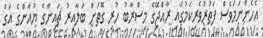
އެހެންނަމަވެސް ފަތުރުވެރިކަމުގައި ރާއްޖޭގެ މިސްރާބު ހުރި ގޮތަށް ބަލާއިރު ޗައިނާގެ ޔުއާންގެ އަގު